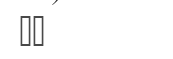
١٤